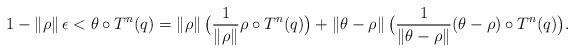
LaTeX: \begin{align*}1 - \| \rho \|\, \epsilon < \theta \circ T^n (q) =\|\rho\| \,\big( \frac{1}{\|\rho\|} \rho \circ T^n(q) \big)+ \| \theta-\rho \| \,\big( \frac{1}{\|\theta-\rho\|} (\theta-\rho) \circ T^n(q)\big).\end{align*}